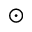
_ \odot